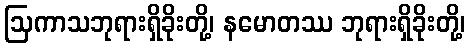
ဩကာသဘုရားရှိခိုးတို့၊ နမောတဿ ဘုရားရှိခိုးတို့၊